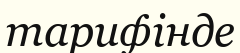
тарифінде